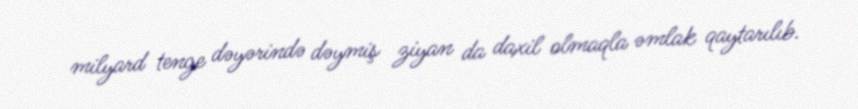
milyard tenge dəyərində dəymiş ziyan da daxil olmaqla əmlak qaytarılıb.